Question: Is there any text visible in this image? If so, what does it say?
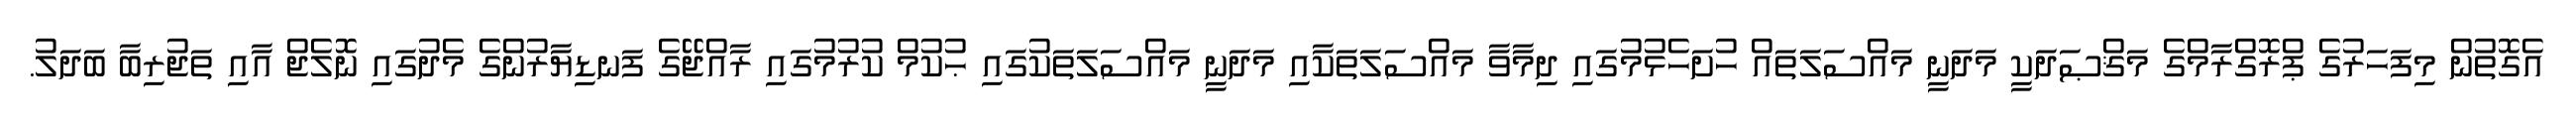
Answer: އެގޮތުން މިފަހަރުގެ ޕްރޮގްރާމްގެ މަޤްޞަދަކީ މަދަނީ މައްސަލަތައް ހުށަހެޅުމުގައި ދިމާވާ މައްސަލަތަކާއި މަދަނީ މައްސަލަތަކުގައި ޙުކުމް ކުރުމުގައި ރާއްޖޭގެ ފަނޑިޔާރުންގެ މެދުގައި ނޮލެޖް އާއި ތަޖުރިބާ ބަދަލު.